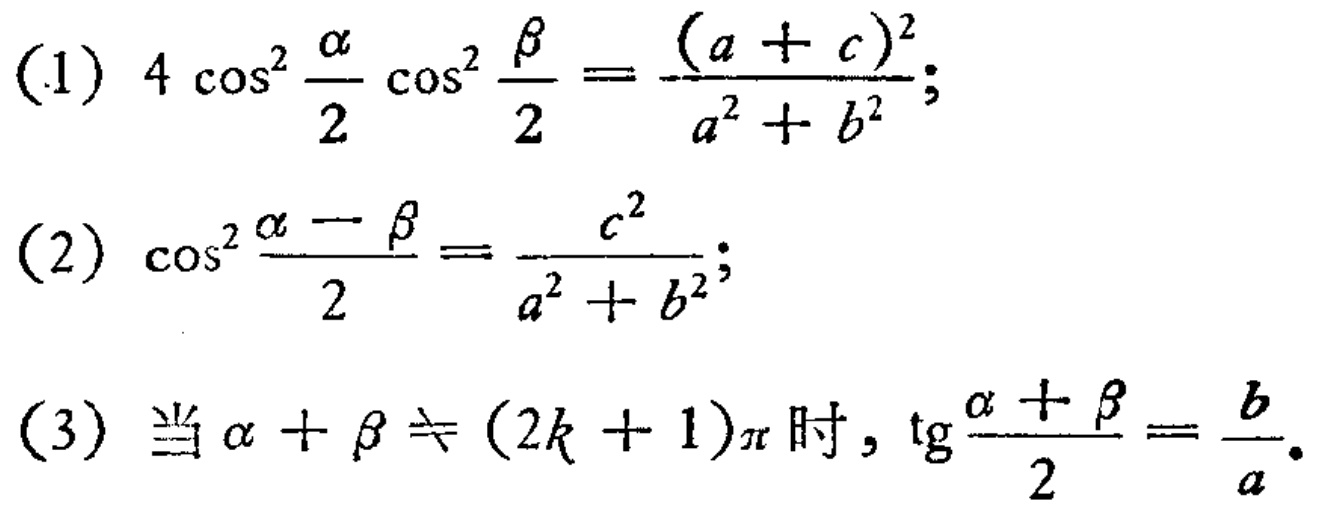
(1) \(4\cos^{2}\frac{\alpha}{2}\cos^{2}\frac{\beta}{2}=\frac{(a + c)^{2}}{a^{2}+b^{2}}\);
(2) \(\cos^{2}\frac{\alpha-\beta}{2}=\frac{c^{2}}{a^{2}+b^{2}}\);
(3) 当\(\alpha+\beta\neq(2k + 1)\pi\)时, \(\text{tg}\frac{\alpha+\beta}{2}=\frac{b}{a}\).